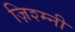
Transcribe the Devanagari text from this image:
ज़िश्म्नी